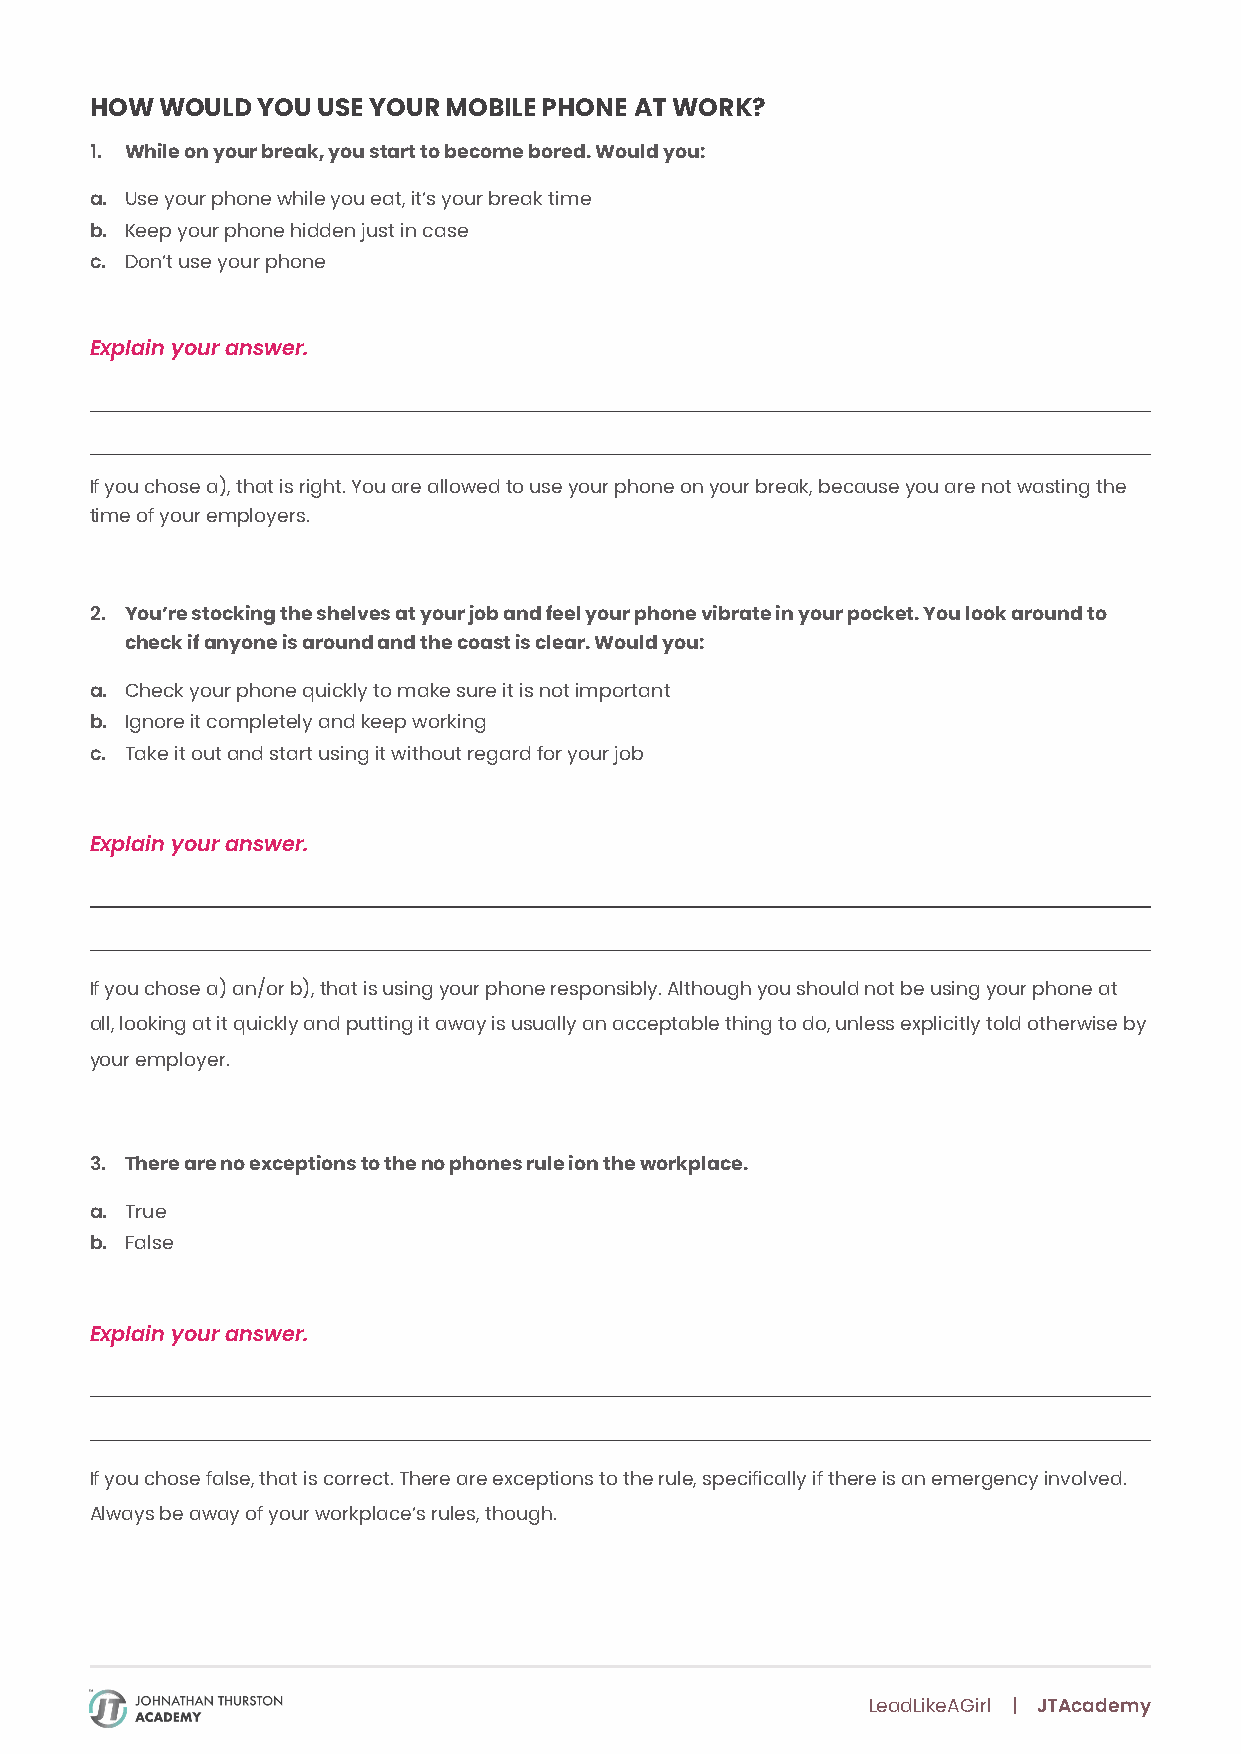
HOW  WOULD YOU USE YOUR MOBILE PHONE AT WORK?
 1. While on your break, you start to become bored. Would you:
 a. Use your phone while you eat, it’s your break time
 b. Keep your phone hidden just in case
 c. Don’t use your phone
 Explain your answer.
 If you chose a), that is right. You are allowed to use your phone on your break, because you are not wasting the
 time of your employers.
 2. You’re stocking the shelves at your job and feel your phone vibrate in your pocket. You look around to
 check if anyone is around and the coast is clear. Would you:
 a. Check your phone quickly to make sure it is not important
 b. Ignore it completely and keep working
 c. Take it out and start using it without regard for your job
 Explain your answer.
 If you chose a) an/or b), that is using your phone responsibly. Although you should not be using your phone at
 all, looking at it quickly and putting it away is usually an acceptable thing to do, unless explicitly told otherwise by
 your employer.
 3. There are no exceptions to the no phones rule ion the workplace.
 a. True
 b. False
 Explain your answer.
 If you chose false, that is correct. There are exceptions to the rule, specifically if there is an emergency involved.
 Always be away of your workplace’s rules, though.
 LeadLikeAGirl | JTAcademy